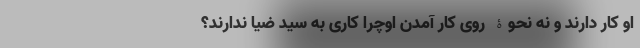
او کار دارند و نه نحوۀ روی کار آمدن اوچرا کاری به سید ضیا ندارند؟